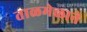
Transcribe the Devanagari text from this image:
ताळमेळाने